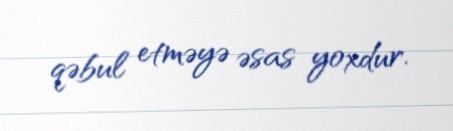
qəbul etməyə əsas yoxdur.